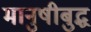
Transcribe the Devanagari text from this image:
मानुषीबुद्ध